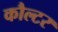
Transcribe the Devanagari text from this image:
कौल्टर